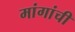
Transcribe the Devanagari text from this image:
मांगांची